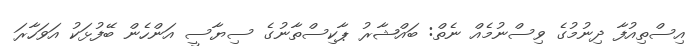
އިސްތިއުފާ ދިނުމުގެ ވިސްނުމެއް ނެތް: ބައްޝާރު ޕާކިސްތާނުގެ ސިޔާސީ އަންހެން ބޭފުޅަކު އަވަހާރަ